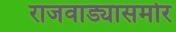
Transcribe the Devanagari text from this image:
राजवाड्यासमोर